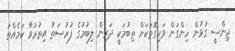
ޖިންސީ ގުޅުން ހިންގަން ވަކިގޮތަކަށް ތިބުމަކީ ދަރިން ލިބުމުގެ ފުރުޞަތު އިތުރުވާ ކަމެއްތަ